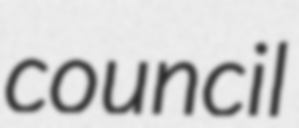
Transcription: council